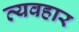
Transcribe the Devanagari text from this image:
व्यवहार